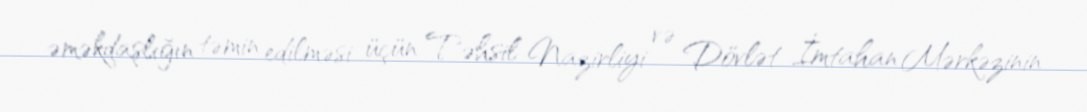
əməkdaşlığın təmin edilməsi üçün Təhsil Nazirliyi və Dövlət İmtahan Mərkəzinin